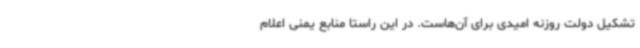
تشکیل دولت روزنه امیدی برای آن‌هاست. در این راستا منابع یمنی اعلام